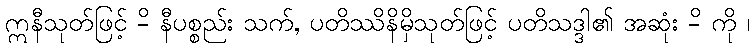
ဣနီသုတ်ဖြင့် -ိ နီပစ္စည်း သက်, ပတိဿိနိမှိသုတ်ဖြင့် ပတိသဒ္ဒါ၏ အဆုံး -ိ ကို ၊